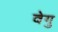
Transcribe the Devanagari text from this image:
वेगु